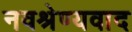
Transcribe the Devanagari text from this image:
नवश्रेण्यवाद